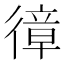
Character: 𢕔